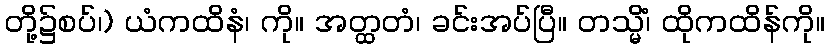
တို့၌စပ်၊) ယံကထိနံ၊ ကို။ အတ္ထတံ၊ ခင်းအပ်ပြီ။ တသ္မိံ၊ ထိုကထိန်ကို။